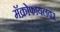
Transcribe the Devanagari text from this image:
मॅक्रोफायलवर